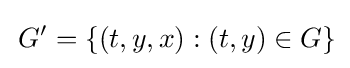
\,G'=\{(t,y,x):(t,y)\in G\}